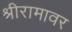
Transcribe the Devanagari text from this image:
श्रीरामावर